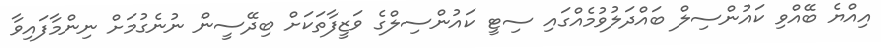
އިއްޔެ ބޭއްވި ކައުންސިލް ބައްދަލުވުމެއްގައި ސިޓީ ކައުންސިލްގެ ވަޒީފާތަކަށް ބިދޭސީން ނުނެގުމަށް ނިންމާފައިވާ